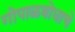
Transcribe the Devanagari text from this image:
गोपाळबोधाचे